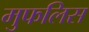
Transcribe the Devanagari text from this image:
मुफलिस